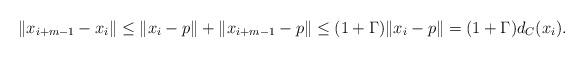
LaTeX: \begin{align*}\|x_{i+m-1} -x_i\| \leq \|x_i -p\| +\|x_{i+m-1} -p\| \leq (1 +\Gamma)\|x_i -p\| =(1 +\Gamma)d_C(x_i).\end{align*}